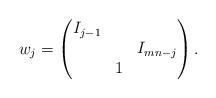
LaTeX: \begin{align*}w_j=\begin{pmatrix}I_{j-1}&&\\&&I_{mn-j}\\&1&\end{pmatrix}.\end{align*}